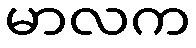
မာလက